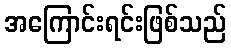
အကြောင်းရင်းဖြစ်သည်